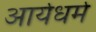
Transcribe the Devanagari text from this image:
आर्यधर्म